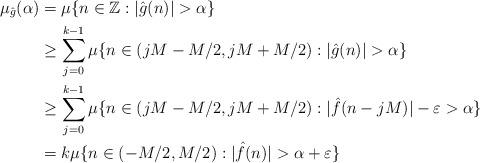
LaTeX: \begin{align*}\mu_{\hat{g}}(\alpha) & = \mu \{n\in \mathbb{Z}: |\hat{g}(n)| >\alpha \}\\& \ge \sum_{j=0}^{k-1} \mu \{n\in (jM-M/2, jM+M/2) : |\hat{g}(n)| >\alpha \}\\& \ge \sum_{j=0}^{k-1} \mu \{n\in (jM-M/2, jM+M/2) : |\hat{f}(n-jM)| - \varepsilon >\alpha \}\\& = k \mu \{n\in (-M/2, M/2) : |\hat{f}(n)| >\alpha + \varepsilon \}\end{align*}